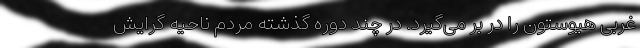
غربی هیوستون را در بر می‌گیرد. در چند دوره گذشته مردم ناحیه گرایش